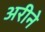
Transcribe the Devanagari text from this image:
अरीने